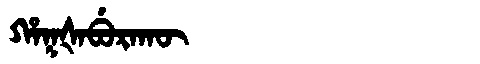
Manchu: ᡥᠠᡴᡧᠠᠪᡠᡵᠠᡴᡡ
Romanization: HAKŠABURAKŪ